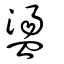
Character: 盪